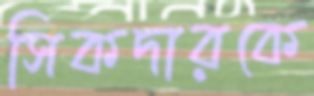
সিকদারকে